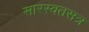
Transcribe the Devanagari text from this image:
सारस्वतसत्र